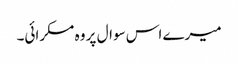
میرے اس سوال پر وہ مسکرائی۔